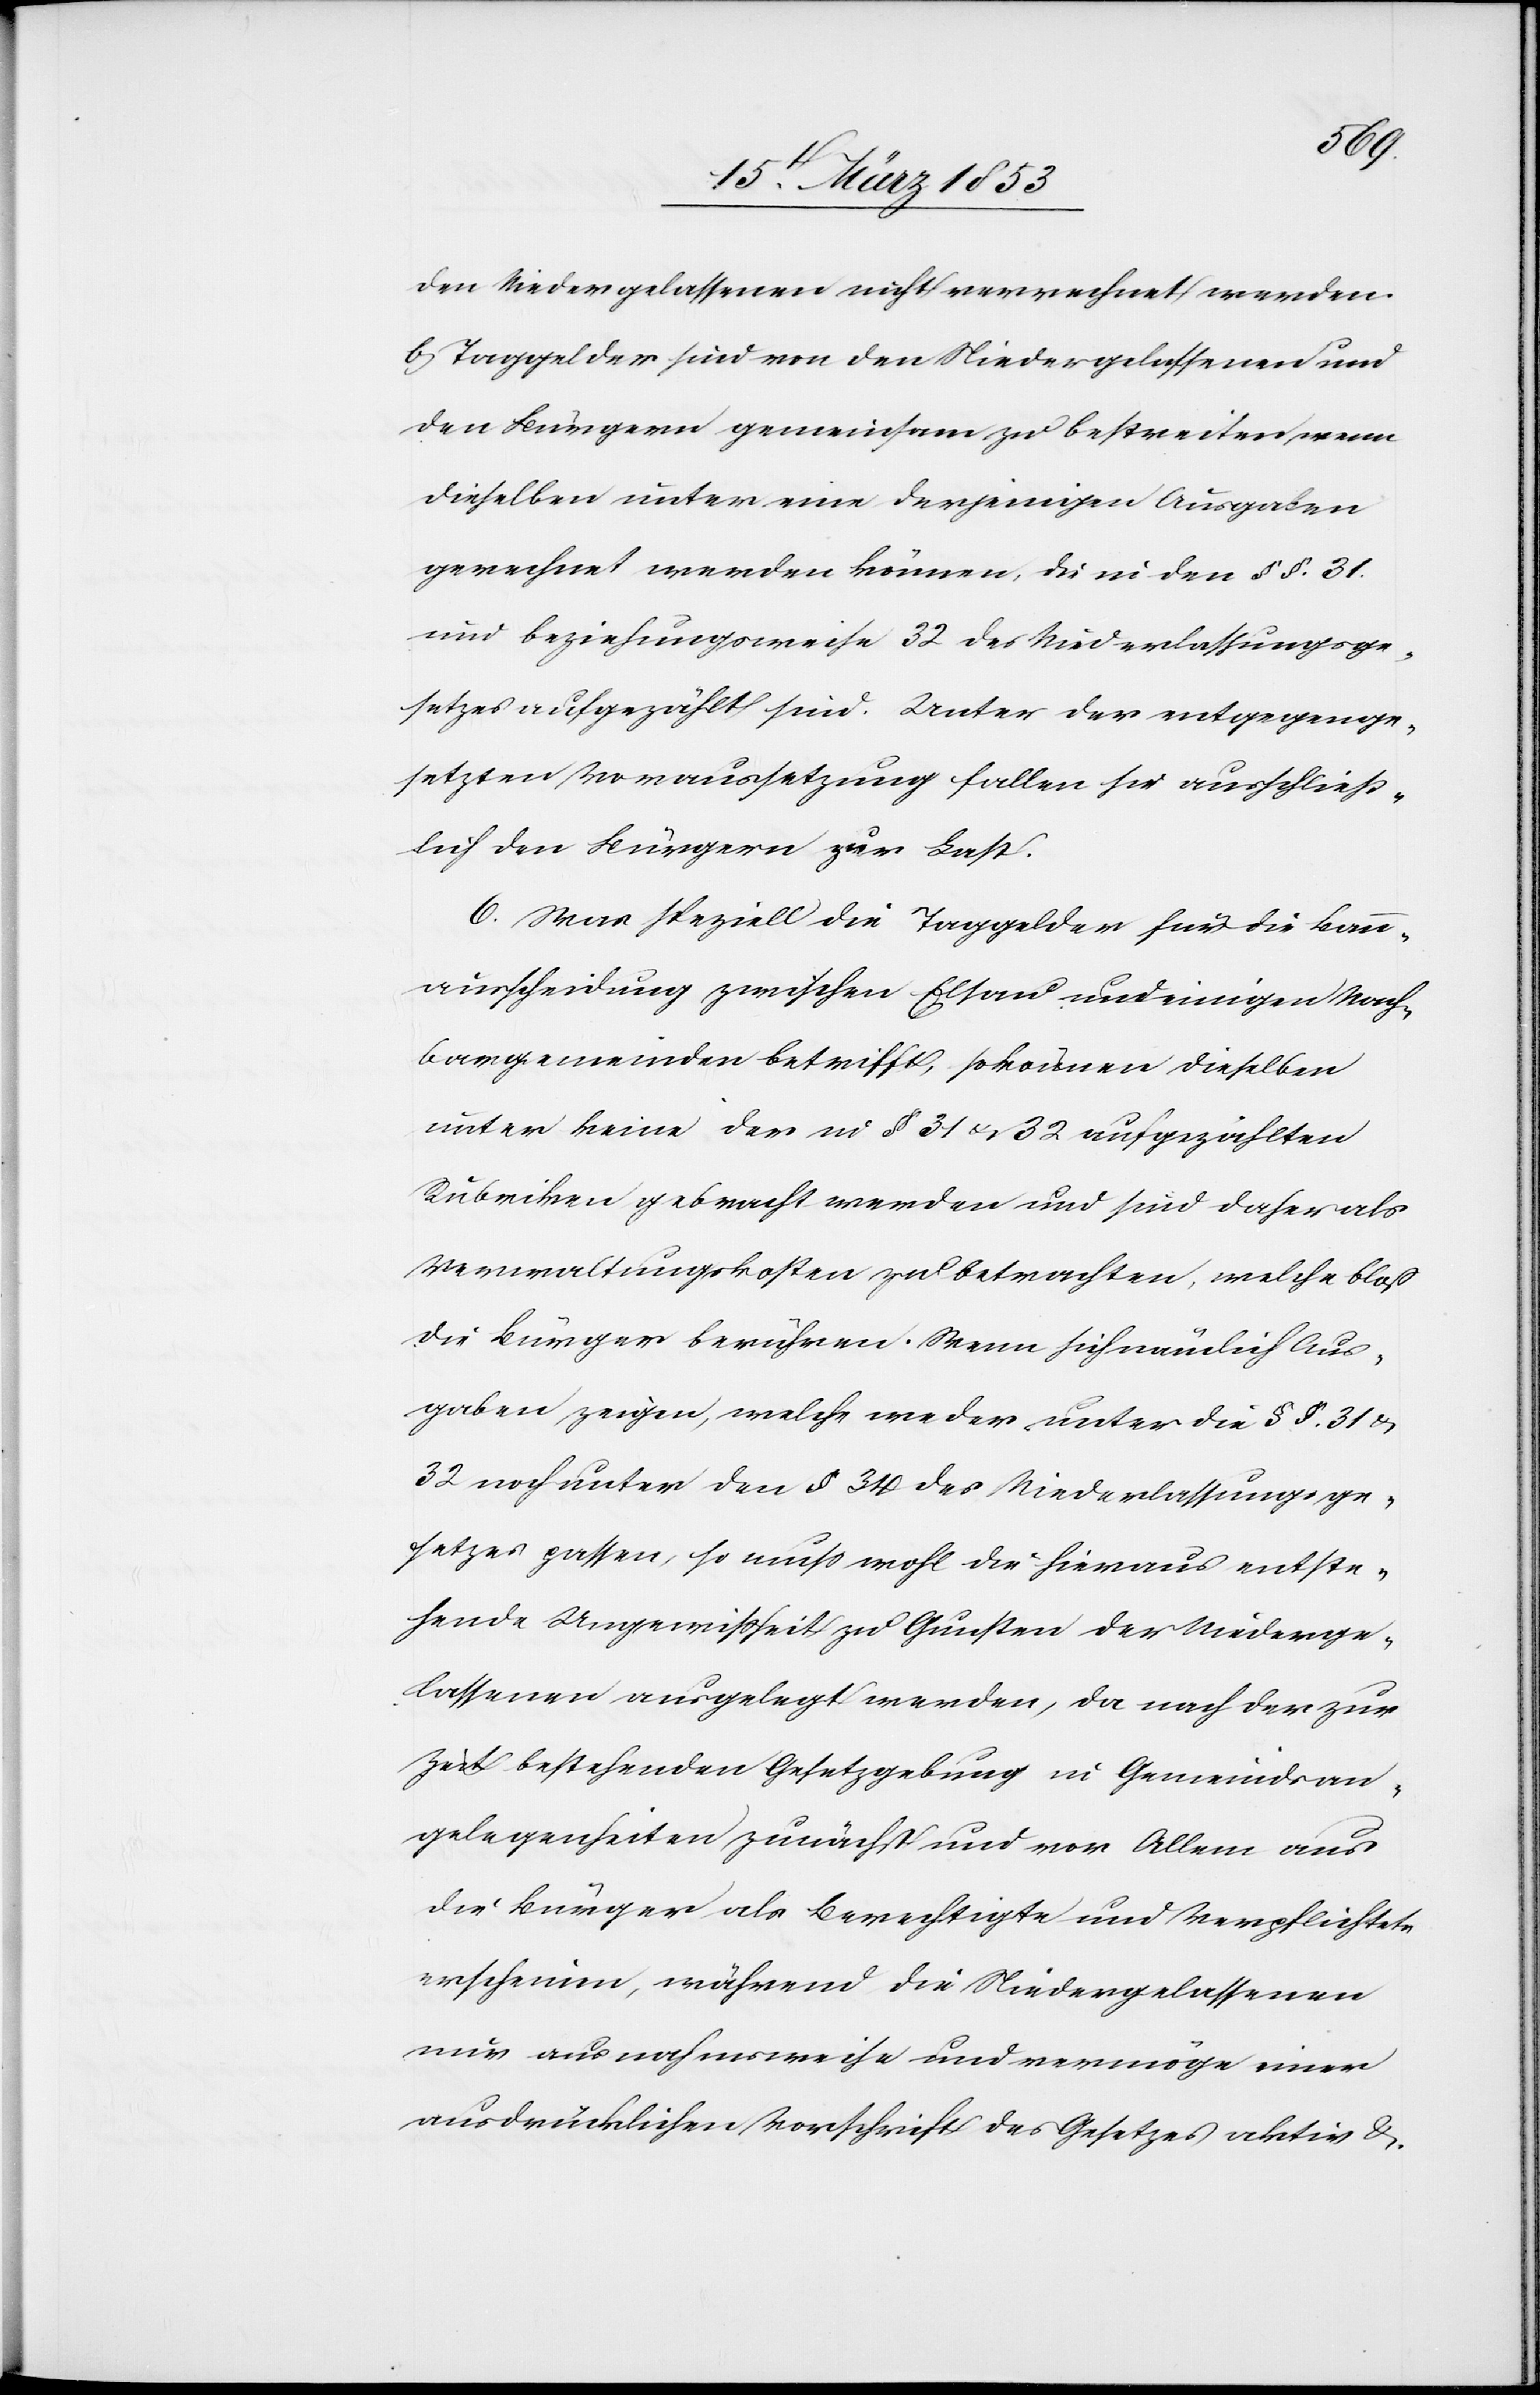
den Niedergelassenen nicht verrechnet werden.
b) Taggelder sind von den Niedergelassenen und
den Bürgern gemeinsam zu bestreiten, wenn
dieselben unter eine derjenigen Ausgaben
gerechnet werden können. Die in den §§ 31.
und beziehungsweise 32 des Niederlassungsge¬
setzes aufgezählt sind. Unter der entgegenge¬
setzten Voraussetzung fallen sie ausschließ¬
lich den Bürgern zur Last.
6) Was speziell die Taggelder für die Bann¬
ausscheidung zwischen Elsau und einigen Nach¬
bargemeinden betrifft, so können dieselben
unter keine der in § 31 u. 32 aufgezählten
Rubriken gebracht werden und sind daher als
Verwaltungskosten zu betrachten, welche bloß
die Bürger berühren. Wenn sich nämlich Aus¬
gaben zeigen, welche weder unter die §§ 31 u.
32 noch unter den § 34 des Niederlassungsge¬
setzes passen, so muß wohl die hieraus entste¬
hende Ungewißheit zu Gunsten der Niederge¬
lassenen ausgelegt werden, da nach der zur
Zeit bestehenden Gesetzgebung in Gemeindsan¬
gelegenheiten zunächst und vor Allem aus
die Bürger als Berechtigte und Verpflichtete
erscheinen, während die Niedergelassenen
nur ausnahmsweise und vermöge einer
ausdrücklichen Vorschrift des Gesetzes aktiv u.